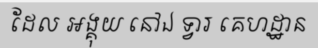
ដែល អង្គុយ នៅឯ ទ្វារ គេហដ្ឋាន